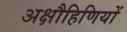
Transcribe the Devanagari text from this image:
अक्षौहिणियों